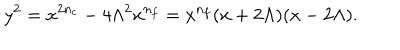
y ^ { 2 } = x ^ { 2 n _ { c } } - 4 \Lambda ^ { 2 } x ^ { n _ { f } } = x ^ { n _ { f } } ( x + 2 \Lambda ) ( x - 2 \Lambda ) .